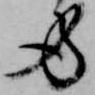
労